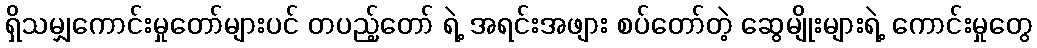
ရှိသမျှကောင်းမှုတော်များပင် တပည့်တော် ရဲ့ အရင်းအဖျား စပ်တော်တဲ့ ဆွေမျိုးများရဲ့ ကောင်းမှုတွေ